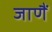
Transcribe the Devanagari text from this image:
जाणैं